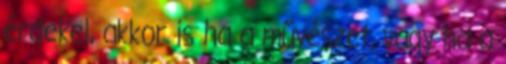
érdekel, akkor is ha a művészet, vagy ha a